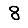
Digit: 8